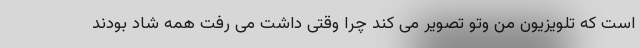
است که تلویزیون من وتو تصویر می کند چرا وقتی داشت می رفت همه شاد بودند